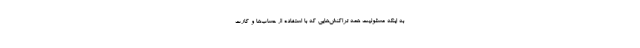
به اینکه مسئولیت همه تراکنش‌هایی که با استفاده از حساب‌ها و کارت